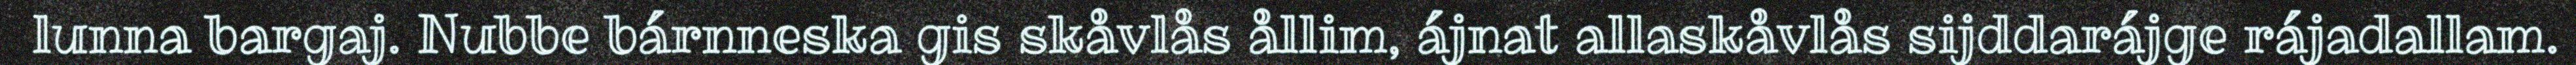
lunna bargaj. Nubbe bárnneska gis skåvlås ållim, ájnat allaskåvlås sijddarájge rájadallam.